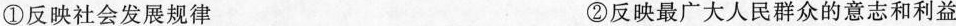
①反映社会发展规律 ②反映最广大人民群众的意志和利益